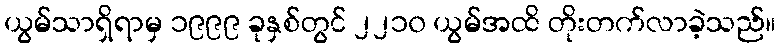
ယွမ်သာရှိရာမှ ၁၉၉၉ ခုနှစ်တွင် ၂၂၁၀ ယွမ်အထိ တိုးတက်လာခဲ့သည်။